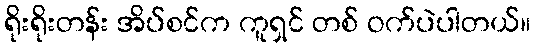
ရိုးရိုးတန်း အိပ်စင်က ကူရှင် တစ် ဝက်ပဲပါတယ်။